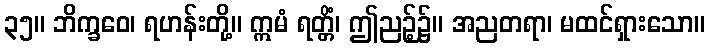
၃၅။ ဘိက္ခဝေ၊ ရဟန်းတို့။ ဣမံ ရတ္တိံ၊ ဤညဉ့်၌။ အညတရာ၊ မထင်ရှားသော။